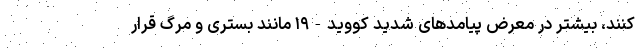
‌کنند، بیشتر در معرض پیامدهای شدید کووید-۱۹ مانند بستری و مرگ قرار